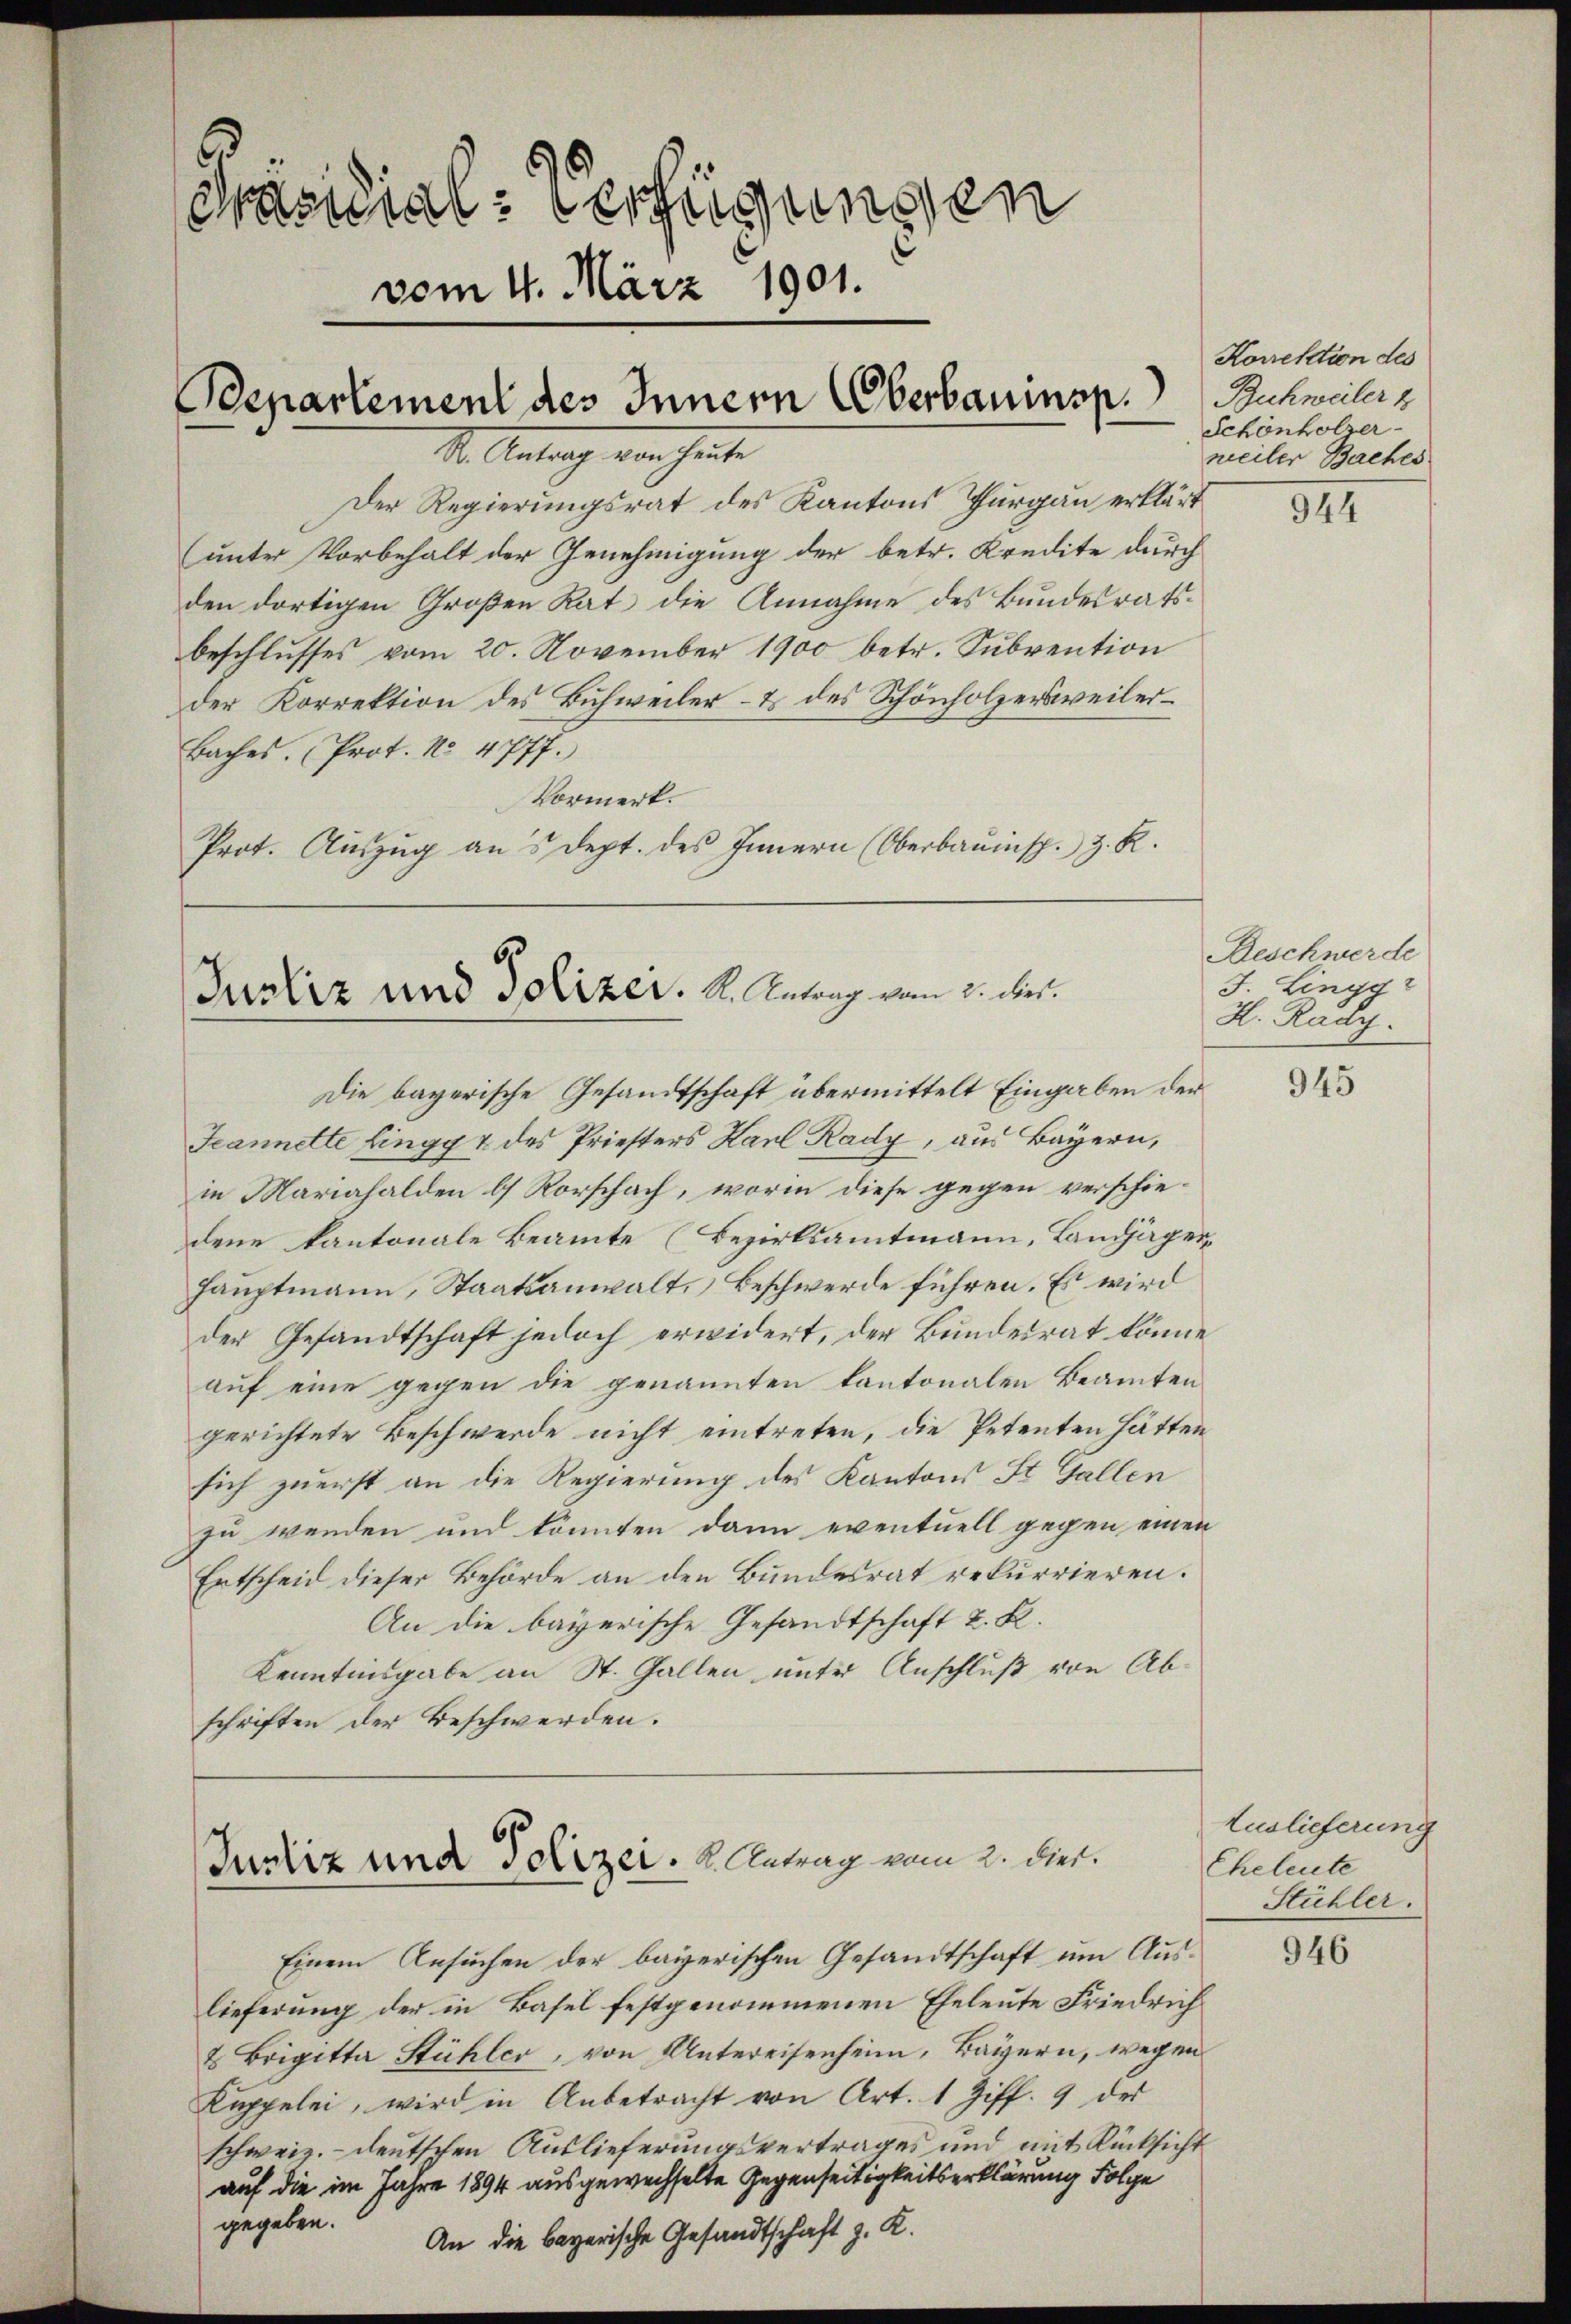
Präsidial-Verfügungen
vom 4. März 1901.

I. Antrag von hinte
Der Regierungsrat des Kantons Thurgau erklärt
(unter Vorbehalt der Genehmigung der betr. Kredite durch
den dortigen Großen Rat die Annahme des Bundesratsbeschlusses vom 20. November 1900 betr. Subvention
der Korrektion des Buchweiler- & des Schönholzersweiler¬
Baches. Prot. No 4 777.
Vormerk.
Prot. Auszug ans dept. des Innern (Oberbauinsp. z. R.

Odepartement des Innern Überbaumsp.

Justiz und Polizer. K. Antrag vom 2. Der¬

Justiz und Polizei. K. Antrag vom 2. dies.

Die bayerische Gesandtschaft übermittelt Eingaben der
Jeannette hingg & des Priesters Karl Rady, aus Bayern,
in Mariahalden b) Rorschach, worin diese gegen verschiedene Kantonale Beamte (Bezirksamtmann, Landjäger
hauptmann, Staatsanwalt, Beschwerde führen. Es wird
der Gesandtschaft jedoch erwidert, der Bundesrat könne
auf eine gegen die genannten Kantonalen Beamten
gerichtete Beschwerde nicht eintreten, die Petenten hätten
sich zuerst an die Regierung des Kantons St. Gallen
zu wenden und könnten dann eventuell gegen einen
Entscheid dieser Behörde an den Bundesrat rekurrieren.
An die bayerische Gesandtschaft 2. Kl.
Kenntnisgabe an St. Gallen unter Anschluß von Abschriften der Beschwerden.

Einem Ansuchen der bayerischen Gesandtschaft um Auslieferung der in Basel festgenommenen Eheleute Friedrich
& Brigitta Stühler, von Untereisenheim, Bayern, wegen
Kuppelei, wird in Anbetracht von Art. 1 Ziff. 9 der
schweiz.- deutschen Auslieferungsvertrages und mit Rücksicht
auf die im Jahre 1894 ausgewechselte Gegenseitigkeitserklärung Folge
gegeben.
An die bayerische Gesandtschaft z. K.

Korektion des
Buchweiler z
Schönholzer-
meiler Baches

944

Beschwerde
J. Lingg
H. Rady.

945

Auslieferung
Cheleute
Stühler.

946